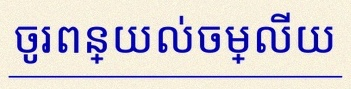
ចូរពន្យល់ចម្លើយ